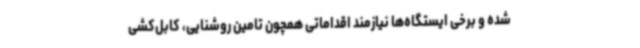
شده و برخی ایستگاه‌ها نیازمند اقداماتی همچون تامین روشنایی، کابل‌کشی